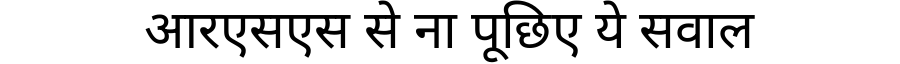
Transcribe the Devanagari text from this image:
आरएसएस से ना पूछिए ये सवाल